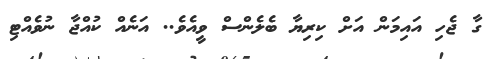
ގާ ޖެހި އައިމަން އަށް ކިރިޔާ ބެލެންސް ވީއެވެ.. އަނެއް ކުއްޖާ ނުވެއްޓި